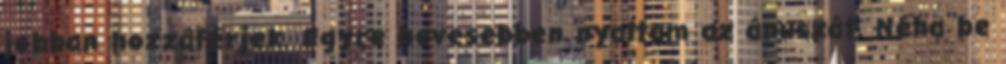
jobban hozzáférjek. Egyre hevesebben nyaltam az ánuszát. Néha be